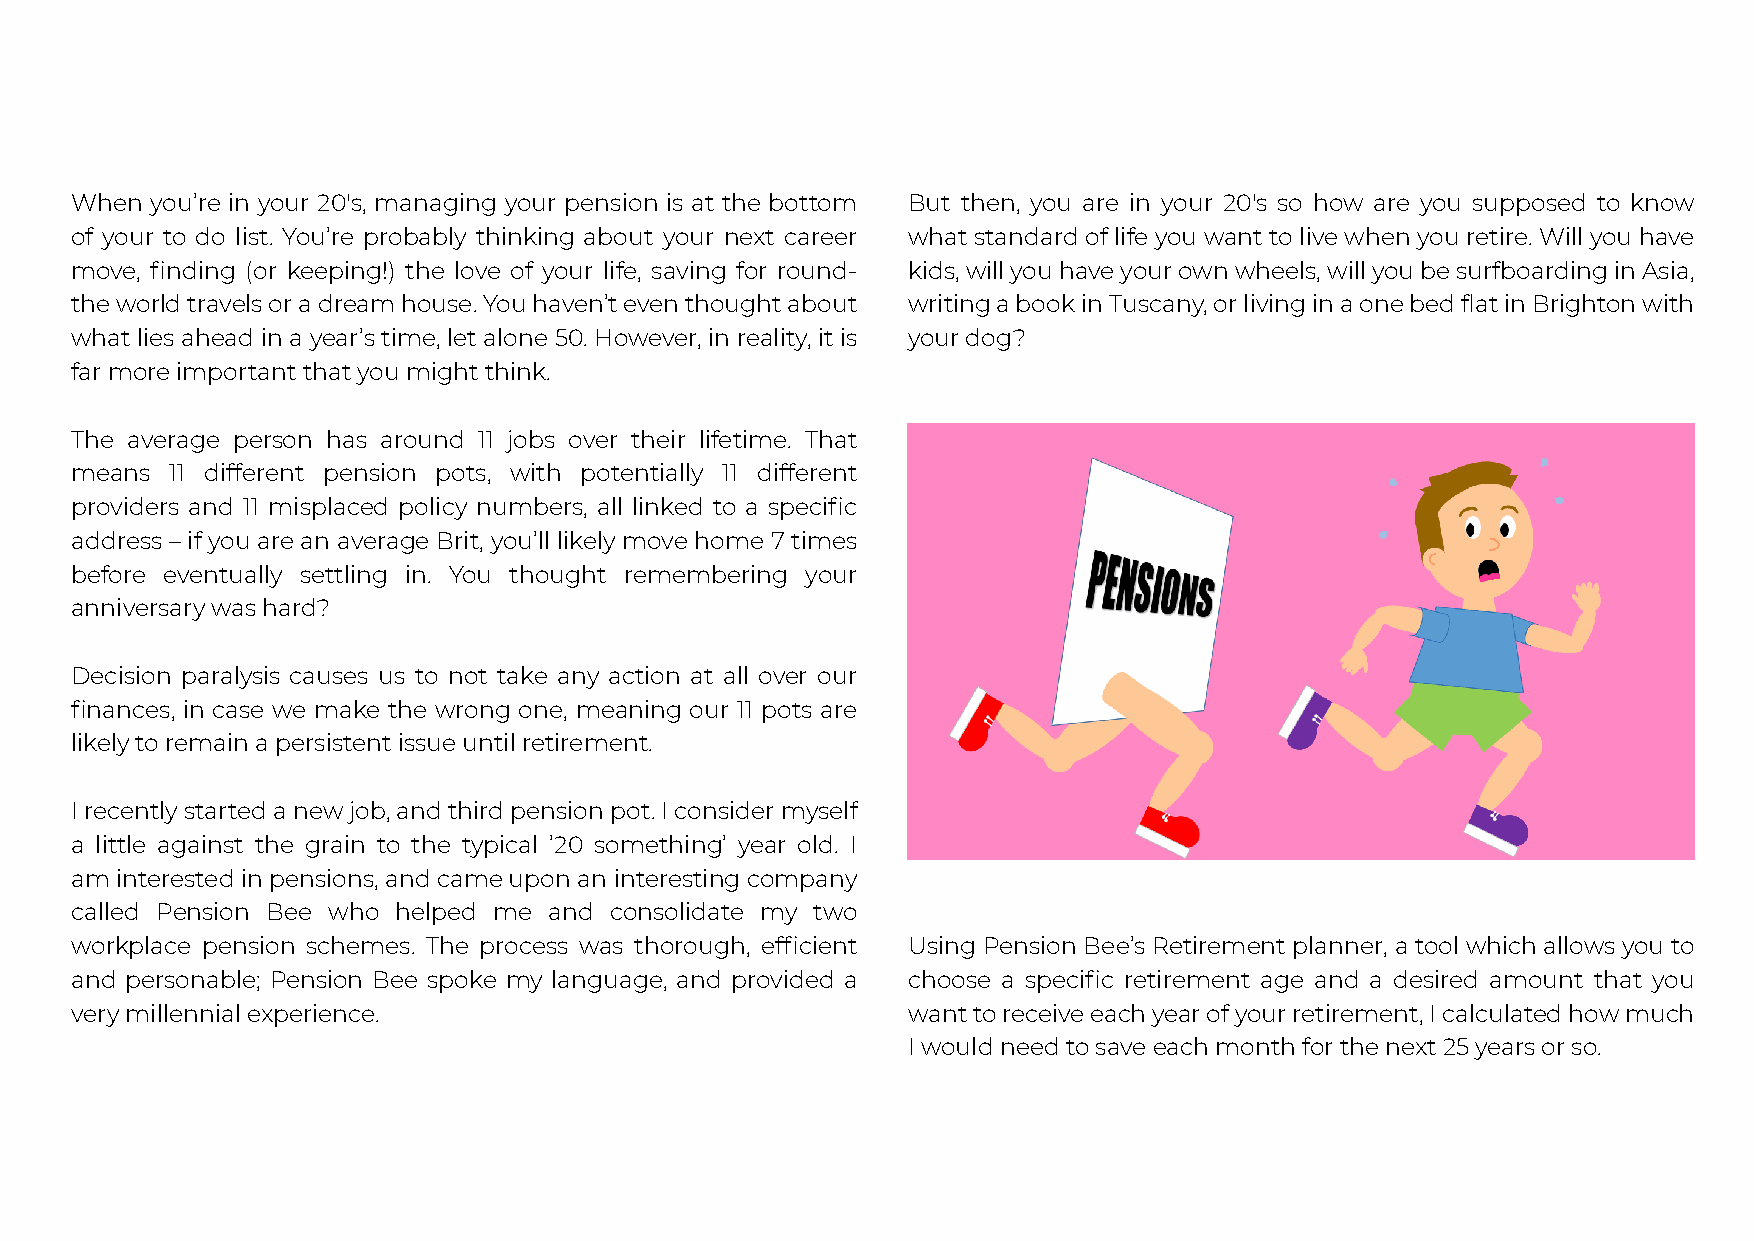
When you’re in your 20's, managing your pension is at the bottom But then, you are in your 20's so how are you supposed to know
 of your to do list. You’re probably thinking about your next career what standard of life you want to live when you retire. Will you have
 move, finding (or keeping!) the love of your life, saving for round- kids,willyouhaveyourownwheels,willyoubesurfboardinginAsia,
 theworldtravelsoradreamhouse.Youhaven’teventhoughtabout writingabookinTuscany,orlivinginaonebedflatinBrightonwith
 what lies ahead in a year’s time, let alone 50. However, in reality, it is your dog?
 far more important that you might think.
 The average person has around 11 jobs over their lifetime. That
 means 11 different pension pots, with potentially 11 different
 providers and 11 misplaced policy numbers, all linked to a specific
 address – if you are an average Brit, you’ll likely move home 7 times
 before eventually settling in. You thought remembering your
 anniversary was hard?
 Decision paralysis causes us to not take any action at all over our
 finances, in case we make the wrong one, meaning our 11 pots are
 likely to remain a persistent issue until retirement.
 Irecentlystartedanewjob,andthirdpensionpot.Iconsidermyself
 a little against the grain to the typical ’20 something’ year old. I
 aminterestedinpensions,andcameuponaninterestingcompany
 called Pension Bee who helped me and consolidate my two
 workplace pension schemes. The process was thorough, efficient Using Pension Bee’s Retirement planner, a tool which allows you to
 and personable; Pension Bee spoke my language, and provided a choose a specific retirement age and a desired amount that you
 very millennial experience.                            wanttoreceiveeachyearofyourretirement,Icalculatedhowmuch
 I would need to save each month for the next 25 years or so.